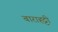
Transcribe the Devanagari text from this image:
बाराहट्टी